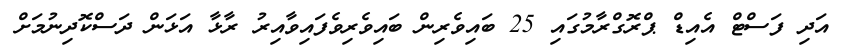
އަދި ފަސްޓް އެއިޑް ޕްރޮގްރާމުގައި 25 ބައިވެރިން ބައިވެރިވެފައިވާއިރު ރާޅާ އަޅަން ދަސްކޮދިނުމަށް